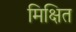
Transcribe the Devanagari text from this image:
मिक्षित